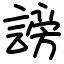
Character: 謗